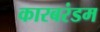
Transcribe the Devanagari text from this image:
कारबरंडम